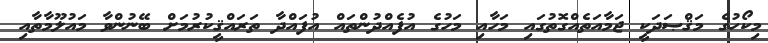
މިކޯހުގެ މަޤްޞަދަކީ ޖަމާއަތެއްގޮތުގައި މަހާއި މަހުގެ އުފެއްދުންތައް އުފައްދާ ތަރައްޤީކުރުމަށް ބޭނުންވާ މައުލޫމާތާއި